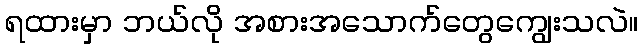
ရထားမှာ ဘယ်လို အစားအသောက်တွေကျွေးသလဲ။